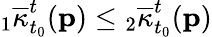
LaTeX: {}_{1}\overline{{\kappa}}_{t_{0}}^{t}(\mathbf{p})\leq{}_{2}\overline{{\kappa}}_{t_{0}}^{t}(\mathbf{p})